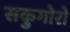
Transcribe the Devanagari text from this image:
सकुगोरो